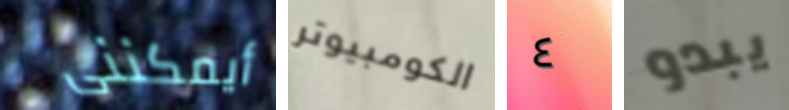
أيمكننى الكومبيوتر ٤ يبدو